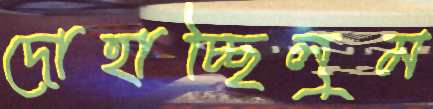
দোহাচ্ছিলুম